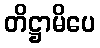
တိဋ္ဌာမိပေ